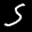
Label: 5